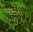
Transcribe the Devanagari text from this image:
हैं।।।